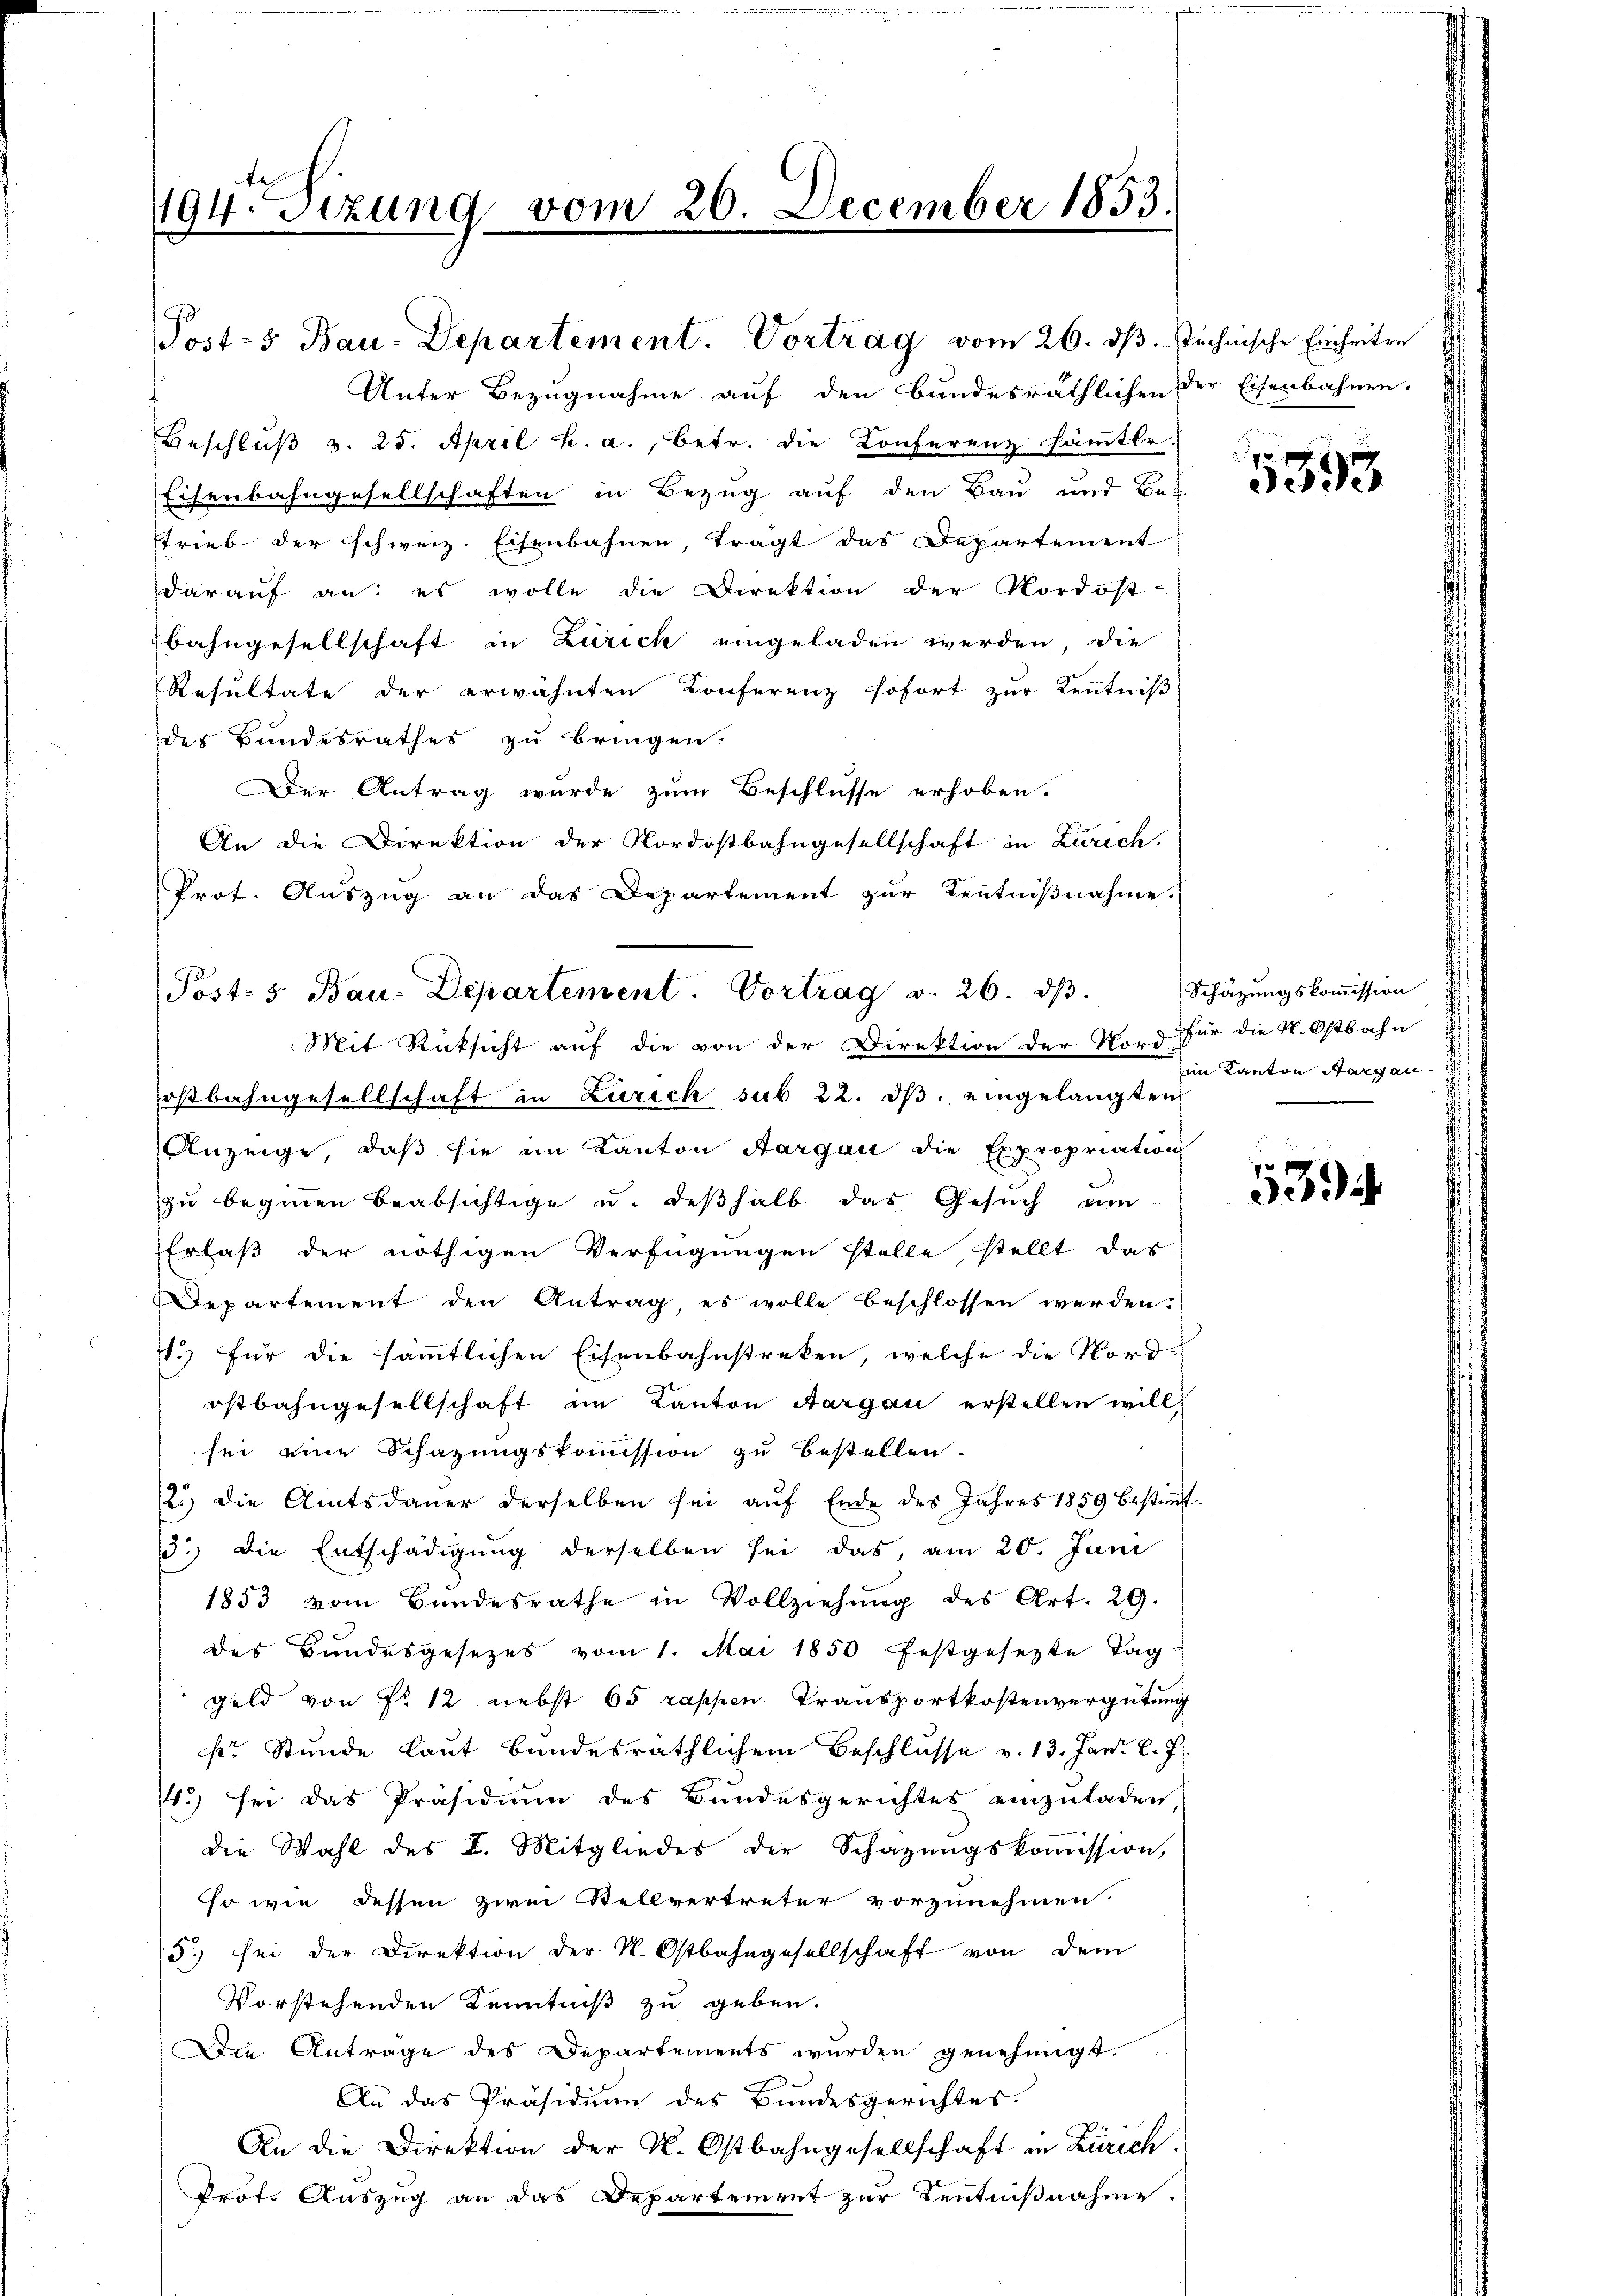
194. Sizung vom 20. December 1853.

Unter Bezugnahme auf den bundesräthlichen der Eisenbahnen:
Beschluß v. 25. April h. a., betr. die Conferenz Chämter.
Eisenbahngesellschaften in Bezug auf den Bau und Be-
trieb der schweiz. Eisenbahnen, trägt das Departement
darauf an: es wolle die Direktion der Nordost-
bahngesellschaft in Zürich eingeladen werden, die
Resultate der erwähnten Konferenz sofort zur Kenntniß
des Bundesrathes zu bringen.
Der Antrag wurde zum Beschlüsse erhoben.
An die Direktion der Nordostbahngesellschaft in Zürich.
Prot. Auszug an das Departement zur Kenntnißnahme.
ostbahngesellschaft in Zürich sub 22. dβ. eingelangten
Anzeige, daß sie im Kanton Aargau die Expropriation
zu beginnen beabsichtige u. deßhalb das Gesuch um
Erlaß der nöthigen Verfügungen stelle stellt das
Departement den Antrag, es wolle beschlossen werden.
71.) Für die sämmtlichen Eisenbahnstreken, welche die Nordostbahngesellschaft im Kanton Aargau erstellen will,
sei eine Schazungskommission zu bestellen.
2.) die Amtsdaŭer derselben sei aŭf Ende des Jahres 1859 bestim-
3.) Die Entschädigung derselben sei das, am 20. Juni
1853 vom Bundesrathe in Vollziehŭng des Art. 29.
des Bundesgesezes vom 1. Mai 1850 festgesezte Tag-
Geld von Nr 12 nebst 65 rappen Transportkostenvergütung
kr. Stunde laut bundesräthlichem Beschlusse v. 13. Janr. l. J.
.) se das Präsidium des Bundesgerichtes einzuladen,
die Wahl des L. Mitgliedes der Schazungskoṁission,
sso wie dessen zwei Stellvertreter vorzunehmen.
5. sei der Direktion der N. Ostbahngesellschaft von dem
Vorstehenden Kenntniß zu geben.
Die Anträge des Departements wurden genehmigt.
An das Präsidium des Bundesgerichtes.
An die Direktion der K. Ostbahngesellschaft in Zürich
Prot. Auszug an das Departement zur Kentnißnahme.

Posts Bau-Departement. Vortrag vom 26. dβ. stechnische Einheiten

Post. 5. Bau-Departement. Vortrag v. 26. ds.
Mit Rücksicht auf die von der Direktion der Nord für die K. Ostbahn

2
5593.

Schätzungskommission
im Kanton Aargau.

5394